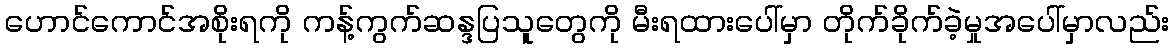
ဟောင်ကောင်အစိုးရကို ကန့်ကွက်ဆန္ဒပြသူတွေကို မီးရထားပေါ်မှာ တိုက်ခိုက်ခဲ့မှုအပေါ်မှာလည်း